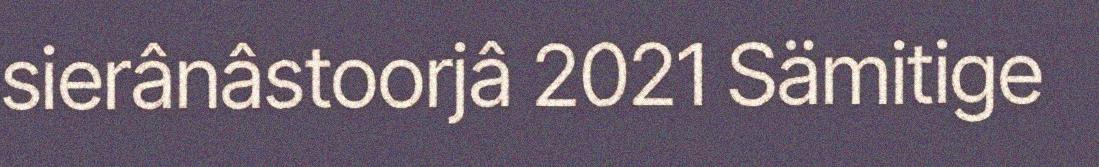
sierânâstoorjâ 2021 Sämitige